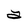
Character: a